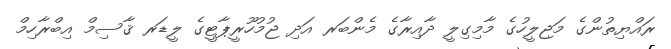
ރައްޔިތުންގެ މަޖިލީހުގެ މާމިގިލީ ދާއިރާގެ މެންބަރ އަދި ޖުމުހޫރީޕާޓީގެ ލީޑަރ ޤާސިމް އިބްރާހިމް